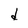
Character: d